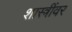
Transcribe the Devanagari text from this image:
शास्त्रींवर